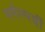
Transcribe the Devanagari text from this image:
मर्मस्‍पर्शी